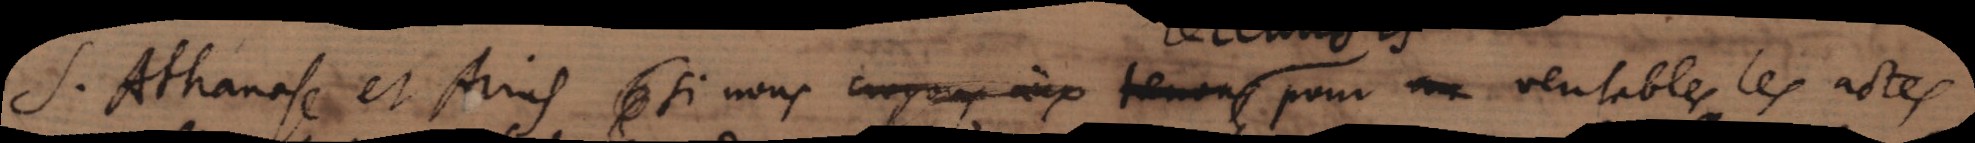
S. Athanase et Arius, si nouscroyons à terme pour veritables les actes